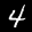
Label: 4